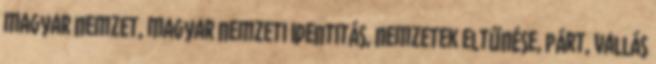
magyar nemzet, magyar nemzeti identitás, nemzetek eltűnése, párt, vallás